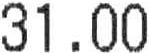
31.00